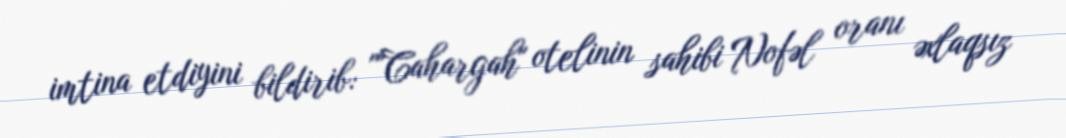
imtina etdiyini bildirib: ""Cahargah" otelinin sahibi Nofəl oranı əxlaqsız